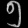
Digit: ၅